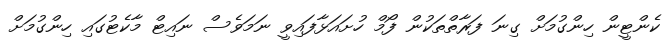
ކެންޓީން ހިންގުމަށް ގިނަ ފަރާތްތަކުން ފޯމް ހުށައަޅާފައިވީ ނަމަވެސް ނައިޓް މާކެޓުގައި ހިންގުމަށް